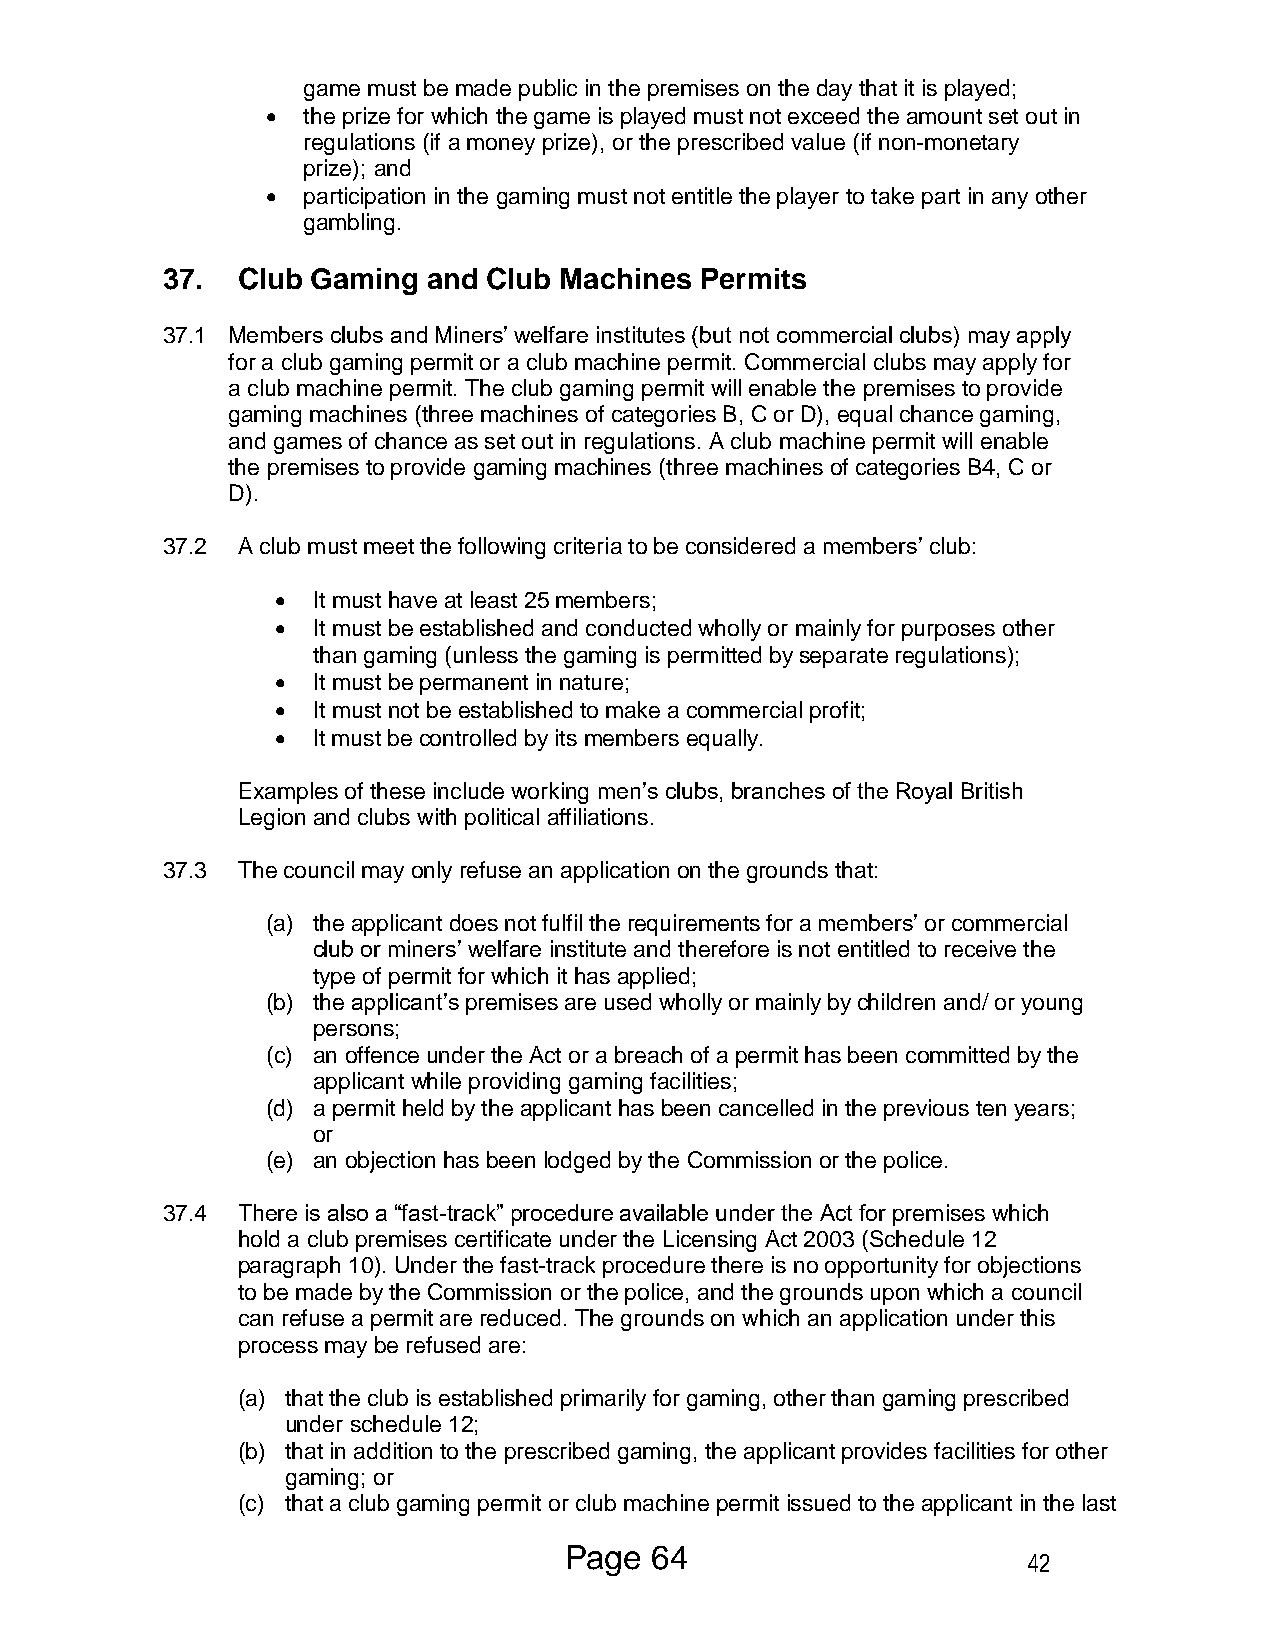
game must be made public in the premises on the day that it is played;
  the prize for which the game is played must not exceed the amount set out in
 regulations (if a money prize), or the prescribed value (if non-monetary
 prize); and
  participation in the gaming must not entitle the player to take part in any other
 gambling.
 37.  Club Gaming and Club Machines Permits
 37.1 Members clubs and Miners’ welfare institutes (but not commercial clubs) may apply
 for a club gaming permit or a club machine permit. Commercial clubs may apply for
 a club machine permit. The club gaming permit will enable the premises to provide
 gaming machines (three machines of categories B, C or D), equal chance gaming,
 and games of chance as set out in regulations. A club machine permit will enable
 the premises to provide gaming machines (three machines of categories B4, C or
 D).
 37.2 A club must meet the following criteria to be considered a members’ club:
   It must have at least 25 members;
   It must be established and conducted wholly or mainly for purposes other
 than gaming (unless the gaming is permitted by separate regulations);
   It must be permanent in nature;
   It must not be established to make a commercial profit;
   It must be controlled by its members equally.
 Examples of these include working men’s clubs, branches of the Royal British
 Legion and clubs with political affiliations.
 37.3 The council may only refuse an application on the grounds that:
 (a) the applicant does not fulfil the requirements for a members’ or commercial
 club or miners’ welfare institute and therefore is not entitled to receive the
 type of permit for which it has applied;
 (b) the applicant’s premises are used wholly or mainly by children and/ or young
 persons;
 (c) an offence under the Act or a breach of a permit has been committed by the
 applicant while providing gaming facilities;
 (d) a permit held by the applicant has been cancelled in the previous ten years;
 or
 (e) an objection has been lodged by the Commission or the police.
 37.4 There is also a “fast-track” procedure available under the Act for premises which
 hold a club premises certificate under the Licensing Act 2003 (Schedule 12
 paragraph 10). Under the fast-track procedure there is no opportunity for objections
 to be made by the Commission or the police, and the grounds upon which a council
 can refuse a permit are reduced. The grounds on which an application under this
 process may be refused are:
 (a) that the club is established primarily for gaming, other than gaming prescribed
 under schedule 12;
 (b) that in addition to the prescribed gaming, the applicant provides facilities for other
 gaming; or
 (c) that a club gaming permit or club machine permit issued to the applicant in the last
 Page  64
 42